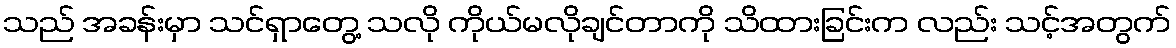
သည် အခန်းမှာ သင်ရှာတွေ့ သလို ကိုယ်မလိုချင်တာကို သိထားခြင်းက လည်း သင့်အတွက်